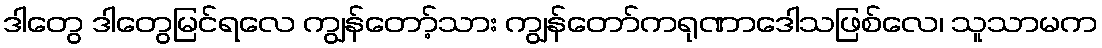
ဒါတွေ ဒါတွေမြင်ရလေ ကျွန်တော့်သား ကျွန်တော်ကရုဏာဒေါသဖြစ်လေ၊ သူသာမက